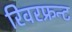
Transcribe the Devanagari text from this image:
रिवरफ्रन्ट